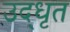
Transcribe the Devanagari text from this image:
उद्‍धृत